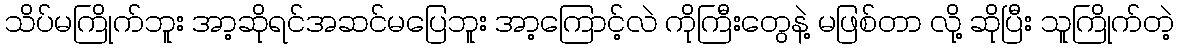
သိပ်မကြိုက်ဘူး အာ့ဆိုရင်အဆင်မပြေဘူး အာ့ကြောင့်လဲ ကိုကြီးတွေနဲ့ မဖြစ်တာ လို့ ဆိုပြီး သူကြိုက်တဲ့